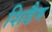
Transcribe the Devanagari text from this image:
शिडैम